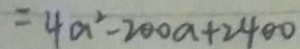
= 4 a ^ { 2 } - 2 0 0 a + 2 4 0 0